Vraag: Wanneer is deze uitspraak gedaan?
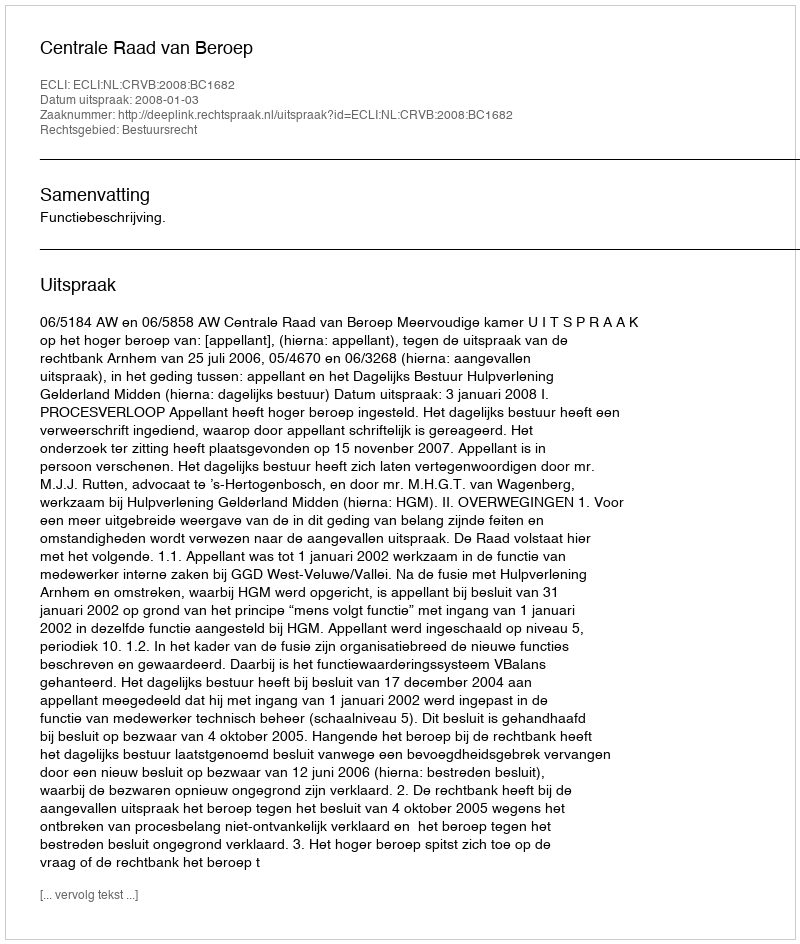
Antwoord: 2008-01-03